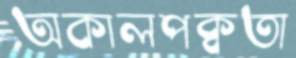
অকালপক্বতা